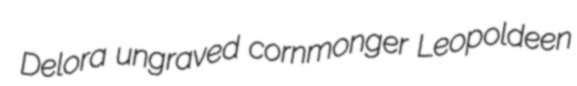
Delora ungraved cornmonger Leopoldeen